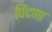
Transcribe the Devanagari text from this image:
पिंदणा